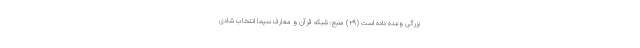
بزرگى وعده داده است (۲۹) منبع: شبکه قرآن و معارف سیما انتخاب شادی